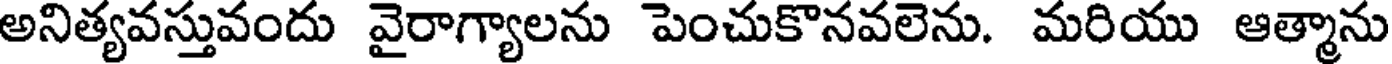
అనిత్యవస్తువందు వైరాగ్యాలను పెంచుకొనవలెను. మరియు ఆత్మాను